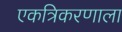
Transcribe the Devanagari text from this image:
एकत्रिकरणाला